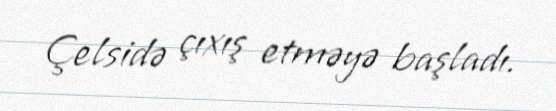
Çelsidə çıxış etməyə başladı.